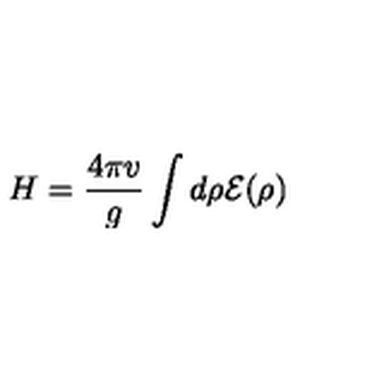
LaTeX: H = \frac { 4 \pi v } { g } \int d \rho \cal { E } ( \rho )